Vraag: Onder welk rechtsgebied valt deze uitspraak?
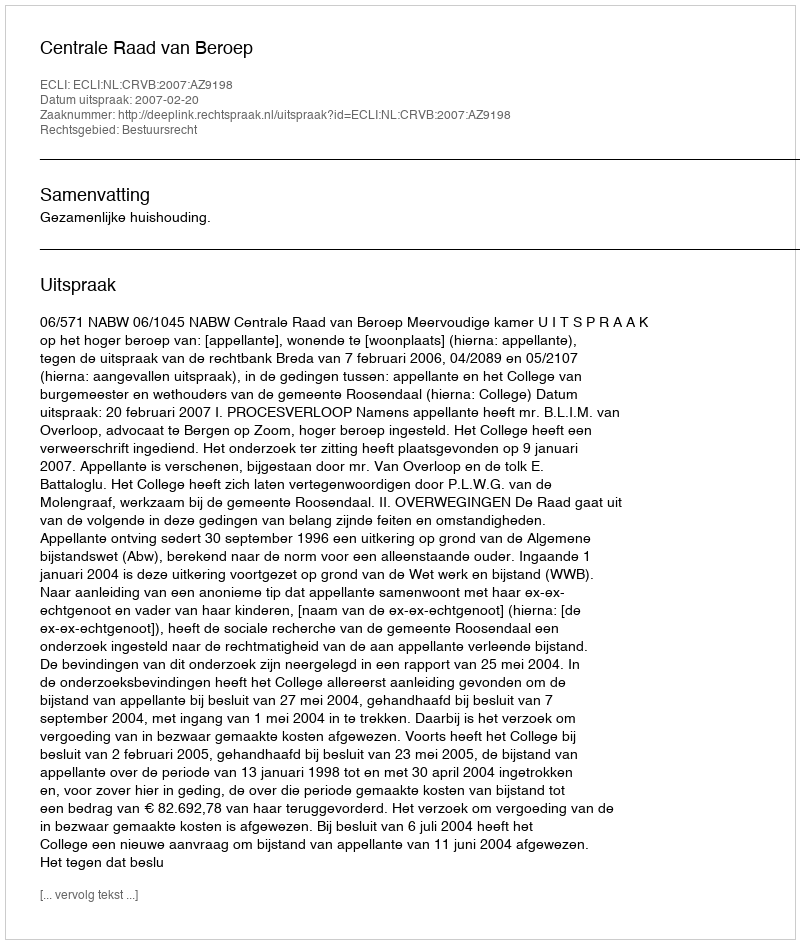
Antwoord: Bestuursrecht